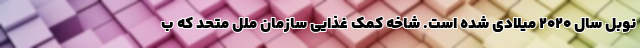
نوبل سال ۲۰۲۰ میلادی شده است. شاخه کمک غذایی سازمان ملل متحد که ب